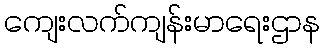
ကျေးလက်ကျန်းမာရေးဌာန